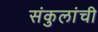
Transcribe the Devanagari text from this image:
संकुलांची